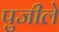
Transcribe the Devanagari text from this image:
पुजीले